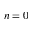
n = 0